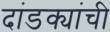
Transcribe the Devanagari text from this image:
दांडक्यांची